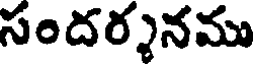
సందర్శనము